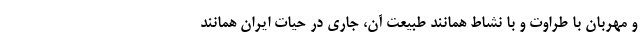
و مهربان با طراوت و با نشاط همانند طبیعت آن، جاری در حیات ایران همانند